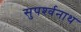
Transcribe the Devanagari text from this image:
सुपर्श्‍वनाथ